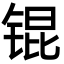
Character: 锟